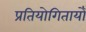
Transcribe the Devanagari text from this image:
प्रतियोगितायोँ